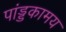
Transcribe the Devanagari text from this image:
पांड्डकामय